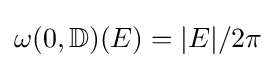
\omega (0,\mathbb {D} )(E)=|E|/2\pi